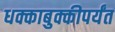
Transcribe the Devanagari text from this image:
धक्काबुक्कीपर्यंत